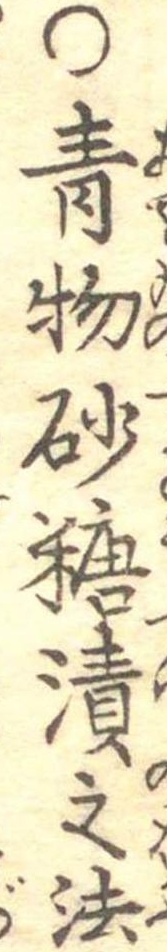
○青物砂糖漬之法